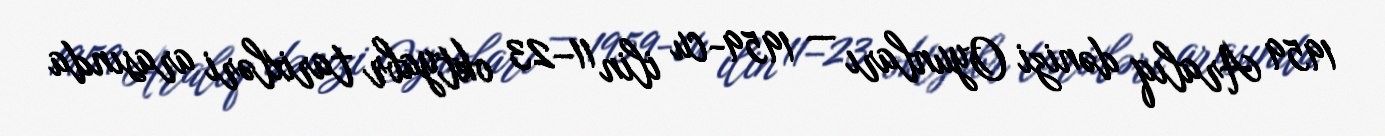
1959 Aralıq dənizi Oyunları — 1959-cu ilin 11–23 oktyabr tarixləri arasında